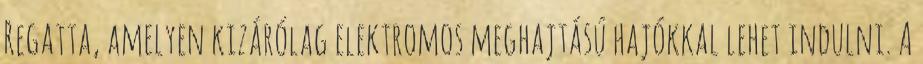
Regatta, amelyen kizárólag elektromos meghajtású hajókkal lehet indulni. A